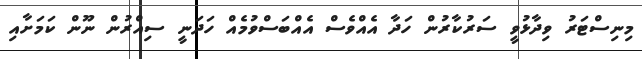
މިނިސްޓަރު ވިދާޅުވީ ސަރުކާރުން ހަދާ އެއްވެސް އެއްބަސްވުމެއް ހަދަނީ ސިއްރުން ނޫން ކަމަށާއި